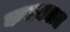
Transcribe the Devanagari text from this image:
कचक्यात